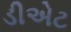
ડીએટ